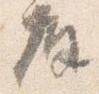
座